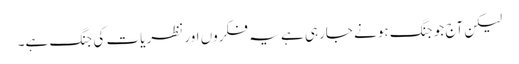
لیکن آج جو جنگ ہونے جارہی ہے یہ فکروں اور نظریات کی جنگ ہے۔